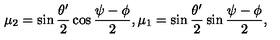
\mu _ { 2 } = \sin \frac { \theta ^ { \prime } } { 2 } \cos \frac { \psi - \phi } { 2 } , \mu _ { 1 } = \sin \frac { \theta ^ { \prime } } { 2 } \sin \frac { \psi - \phi } { 2 } ,